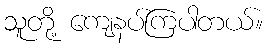
သူတို့ ကျေနပ်ကြပါတယ်။